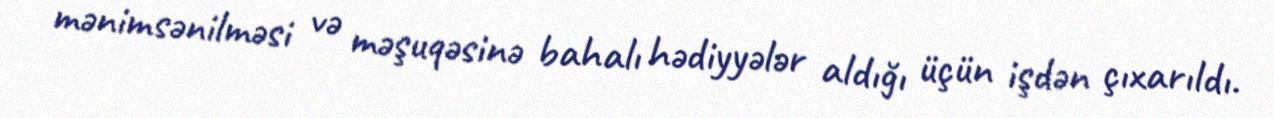
mənimsənilməsi və məşuqəsinə bahalı hədiyyələr aldığı üçün işdən çıxarıldı.